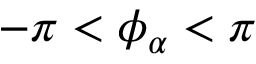
- \pi < \phi _ { \alpha } < \pi